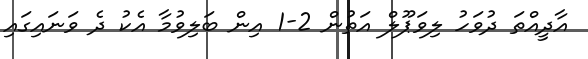
އާދީއްތަ ދުވަހު ލިވަޕޫލް އަތުން 2-1 އިން ބަލިވުމާ އެކު ދެ ވަނައިގައި